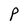
Character: P